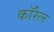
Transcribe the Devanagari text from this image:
कॉरेल